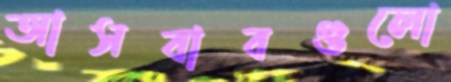
আসবাবগুলো